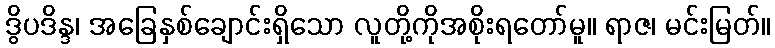
ဒွိပဒိန္ဒ၊ အခြေနှစ်ချောင်းရှိသော လူတို့ကိုအစိုးရတော်မူ။ ရာဇ၊ မင်းမြတ်။